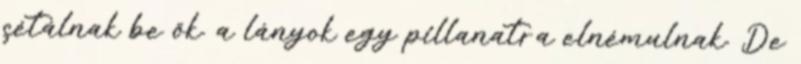
sétálnak be ők. a lányok egy pillanatra elnémulnak. De